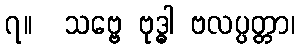
၇။  သဗ္ဗေ ဗုဒ္ဓါ ဗလပ္ပတ္တာ၊